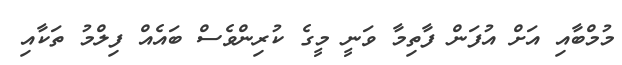
މުމްބާއި އަށް އުފަން ފާތިމާ ވަނީ މީގެ ކުރިންވެސް ބައެއް ފިލްމު ތަކާއި